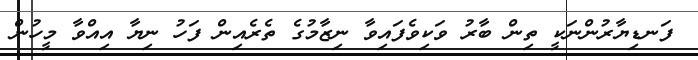
ފަނޑިޔާރުންނަކީ ތިން ބާރު ވަކިވެފައިވާ ނިޒާމުގެ ތެރެއިން ފަހު ނިޔާ އިއްވާ މީހުން